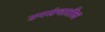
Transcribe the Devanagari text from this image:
उपसंचातील